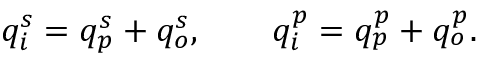
q _ { i } ^ { s } = q _ { p } ^ { s } + q _ { o } ^ { s } , \qquad q _ { i } ^ { p } = q _ { p } ^ { p } + q _ { o } ^ { p } .